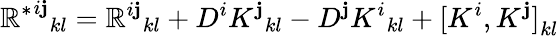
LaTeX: {{\mathbb{R}^{*}}^{i\mathbf{j}}}_{kl}={\mathbb{R}^{i\mathbf{j}}}_{kl}+D^{i}{K^{\mathbf{j}}}_{kl}-D^{\mathbf{j}}{K^{i}}_{kl}+{[K^{i},K^{\mathbf{j}}]}_{kl}